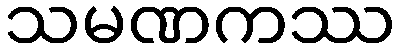
သမဏကဿ